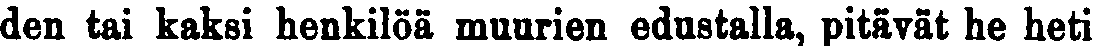
den tai kaksi henkilöä muurien edustalla, pitävät he heti